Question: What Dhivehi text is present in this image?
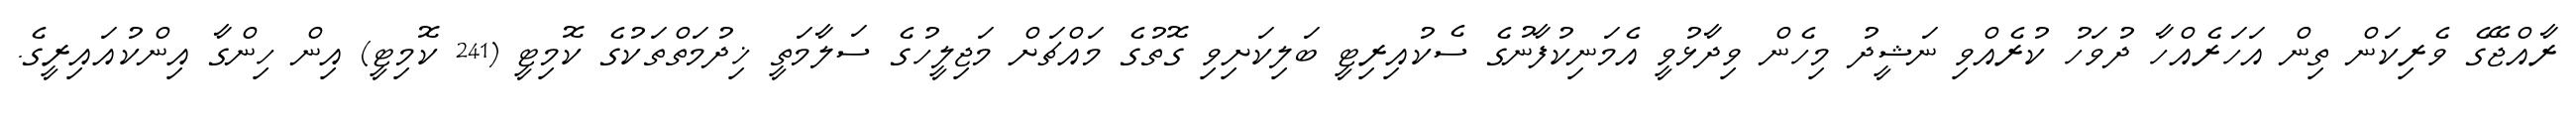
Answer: ރާއްޖޭގެ ވެރިކަން ތިން އަހަރެއްހާ ދުވަހު ކުރެއްވި ނަޝީދު މިހެން ވިދާޅުވީ އެމަނިކުފާނުގެ ސެކުއިރިޓީ ބަލިކަށިވި ގޮތުގެ މައްޗަށް މަޖިލީހުގެ ސަލާމަތީ ޚިދުމަތްތަކުގެ ކޮމިޓީ (241 ކޮމިޓީ) އިން ހިންގާ އިންކުއައިރީގެ.